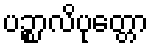
ပဉ္စာလိပုတ္တော